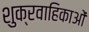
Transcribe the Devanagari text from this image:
शुक्रवाहिकाओं